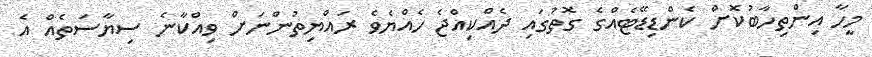
މީހާ އިންތިހާބުކޮށް ކެންޑިޑޭޓެއްގެ ގޮތުގައި ދެއްކިއްޖެ ހެއްޔެވެ ރައްޔިތުންނަށް ވިއްކާނެ ސިޔާސަތެއް އެ